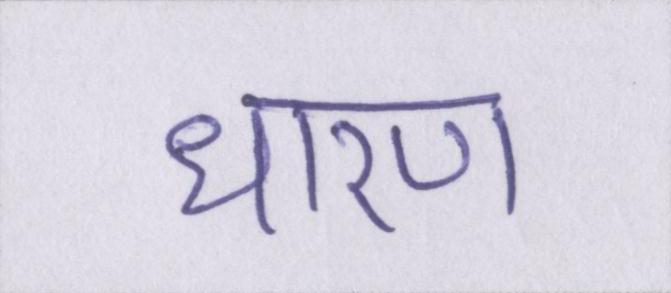
धारण